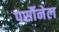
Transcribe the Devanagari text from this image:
पर्सौनेल